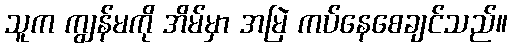
သူက ကျွန်မကို အိမ်မှာ အမြဲ ကပ်နေစေချင်သည်။